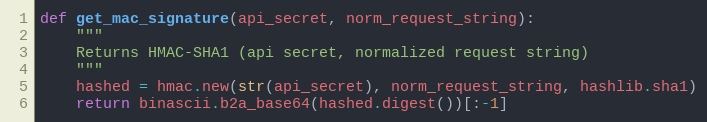
Language: Python
def get_mac_signature(api_secret, norm_request_string):
    """
    Returns HMAC-SHA1 (api secret, normalized request string)
    """
    hashed = hmac.new(str(api_secret), norm_request_string, hashlib.sha1)
    return binascii.b2a_base64(hashed.digest())[:-1]